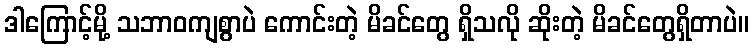
ဒါကြောင့်မို့ သဘာဝကျစွာပဲ ကောင်းတဲ့ မိခင်တွေ ရှိသလို ဆိုးတဲ့ မိခင်တွေရှိတာပဲ။